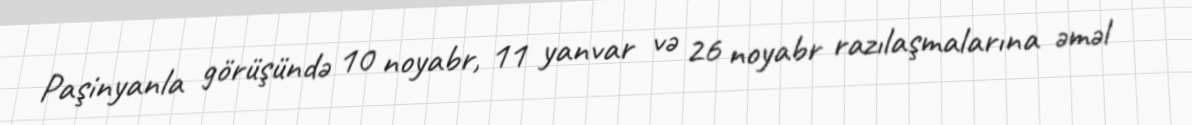
Paşinyanla görüşündə 10 noyabr, 11 yanvar və 26 noyabr razılaşmalarına əməl